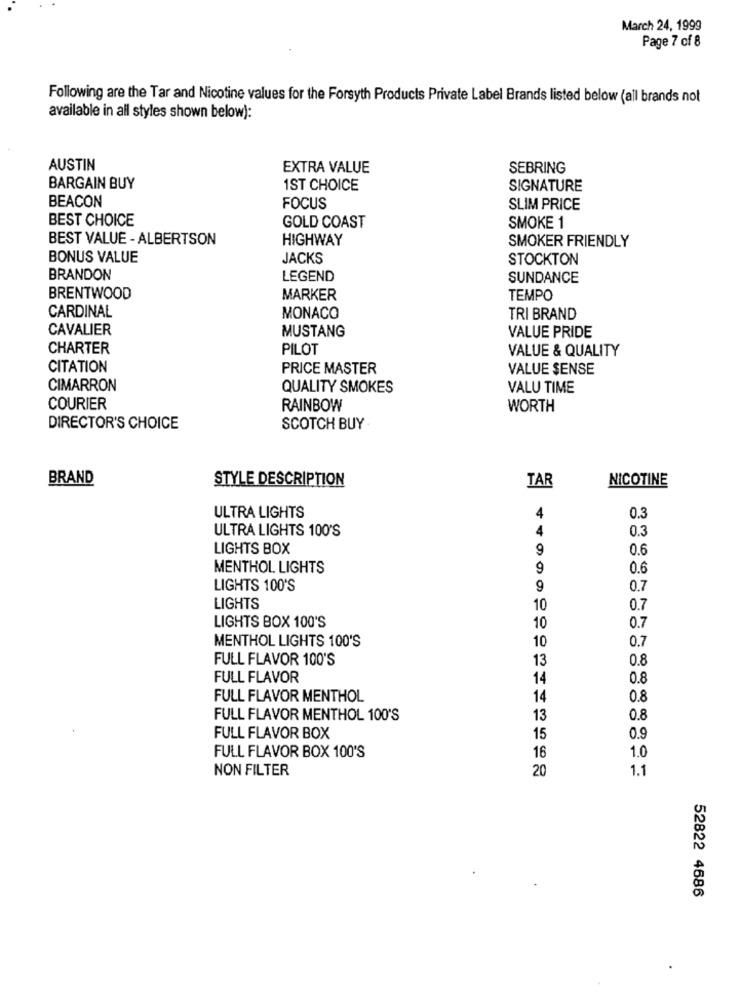
March 24, 1999
Page 7 of 8
Following are the Tar and Nicotine values for the Forsyth Products Private Label Brands listed below (all brands not
available in all styles shown below):
AUSTIN
EXTRA VALUE
SEBRING
BARGAIN BUY
1ST CHOICE
SIGNATURE
BEACON
FOCUS
SLIM PRICE
BEST CHOICE
GOLD COAST
SMOKE 1
BEST VALUE - ALBERTSON
HIGHWAY
SMOKER FRIENDLY
BONUS VALUE
JACKS
STOCKTON
BRANDON
LEGEND
SUNDANCE
BRENTWOOD
MARKER
TEMPO
CARDINAL
MONACO
TRI BRAND
CAVALIER
MUSTANG
VALUE PRIDE
CHARTER
PILOT
VALUE & QUALITY
CITATION
PRICE MASTER
VALUE SENSE
CIMARRON
QUALITY SMOKES
VALU TIME
COURIER
RAINBOW
WORTH
DIRECTOR'S CHOICE
SCOTCH BUY
BRAND
STYLE DESCRIPTION
NICOTINE
TAR
ULTRA LIGHTS
4
0.3
ULTRA LIGHTS 100'S
4
0.3
LIGHTS BOX
9
0.6
MENTHOL LIGHTS
9
0.6
LIGHTS 100'S
9
0.7
LIGHTS
10
0.7
LIGHTS BOX 100'S
0.7
10
MENTHOL LIGHTS 100'S
10
0.7
FULL FLAVOR 100'S
13
0.8
FULL FLAVOR
14
0.8
FULL FLAVOR MENTHOL
14
0.8
FULL FLAVOR MENTHOL 100'S
13
0.8
FULL FLAVOR BOX
15
0.9
FULL FLAVOR BOX 100'S
1.0
16
NON FILTER
20
1.1
52822 4686